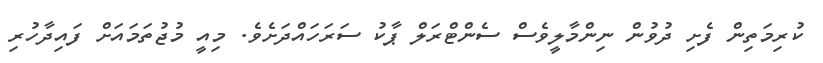
ކުރިމަތިން ފެށި ދުވުން ނިންމާލީވެސް ސެންޓްރަލް ޕާކު ސަރަހައްދަށެވެ. މިއީ މުޖުތަމައަށް ފައިދާހުރި